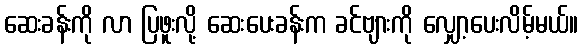
ဆေးခန်းကို လာ ပြဖူးလို့ ဆေးပေးခန်းက ခင်ဗျားကို လျှော့ပေးလိမ့်မယ်။